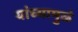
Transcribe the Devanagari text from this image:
यांच्यामुळं